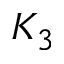
K _ { 3 }